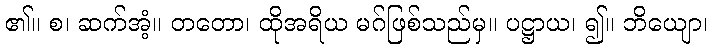
၏။ စ၊ ဆက်အံ့။ တတော၊ ထိုအရိယ မဂ်ဖြစ်သည်မှ။ ပဋ္ဌာယ၊ ၍။ ဘိယျော၊